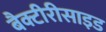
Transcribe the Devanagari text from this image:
बैक्टीरीसाइड